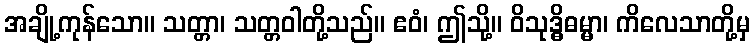
အချို့ကုန်သော။ သတ္တာ၊ သတ္တဝါတို့သည်။ ဧဝံ၊ ဤသို့။ ဝိသုဒ္ဓိဓမ္မာ၊ ကိလေသာတို့မှ